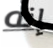
إنه